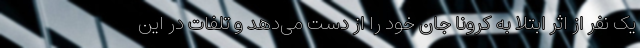
یک نفر از اثر ابتلا به کرونا جان خود را از دست می‌دهد و تلفات در این